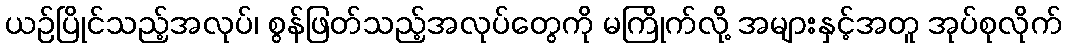
ယဉ်ပြိုင်သည့်အလုပ်၊ စွန်ဖြတ်သည့်အလုပ်တွေကို မကြိုက်လို့ အများနှင့်အတူ အုပ်စုလိုက်